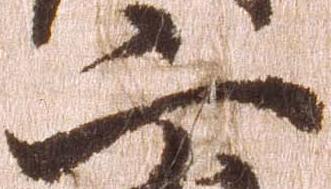
二